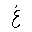
Letter: _gayn